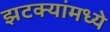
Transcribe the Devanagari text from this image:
झटक्यांमध्ये